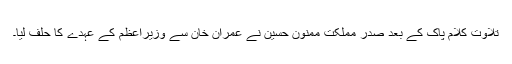
تلاوت کلام پاک کے بعد صدر مملکت ممنون حسین نے عمران خان سے وزیراعظم کے عہدے کا حلف لیا۔